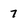
Character: 7